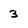
Character: 3